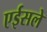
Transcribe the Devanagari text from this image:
एईसले